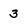
Character: 3